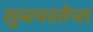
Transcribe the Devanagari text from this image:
सुब्स्यस्तेम्स